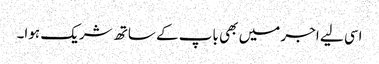
اسی لیے اجر میں بھی باپ کے ساتھ شریک ہوا۔